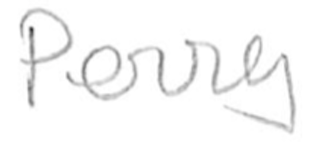
Text: Perry
Cross-out: clean
Writing tool: pencil